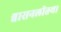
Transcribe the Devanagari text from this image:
श्वासनलीतथा